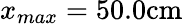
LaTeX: x_{max}=50.0\textrm{cm}